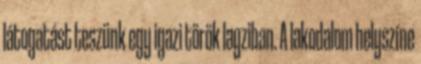
látogatást teszünk egy igazi török lagziban. A lakodalom helyszíne